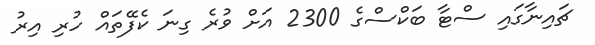
ޗައިނާގައި ސްޓާ ބަކްސްގެ 2300 އަށް ވުރެ ގިނަ ކެފޭތައް ހުރި އިރު